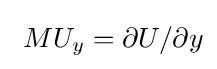
\ MU_{y}=\partial U/\partial y